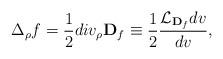
LaTeX: \begin{align*}\Delta _{\rho} f =\frac{1}{2}div_{\rho} {\bf D}_{f}\equiv \frac{1}{2}\frac{{\cal L}_{{\bf D}_f} dv}{dv}, \end{align*}